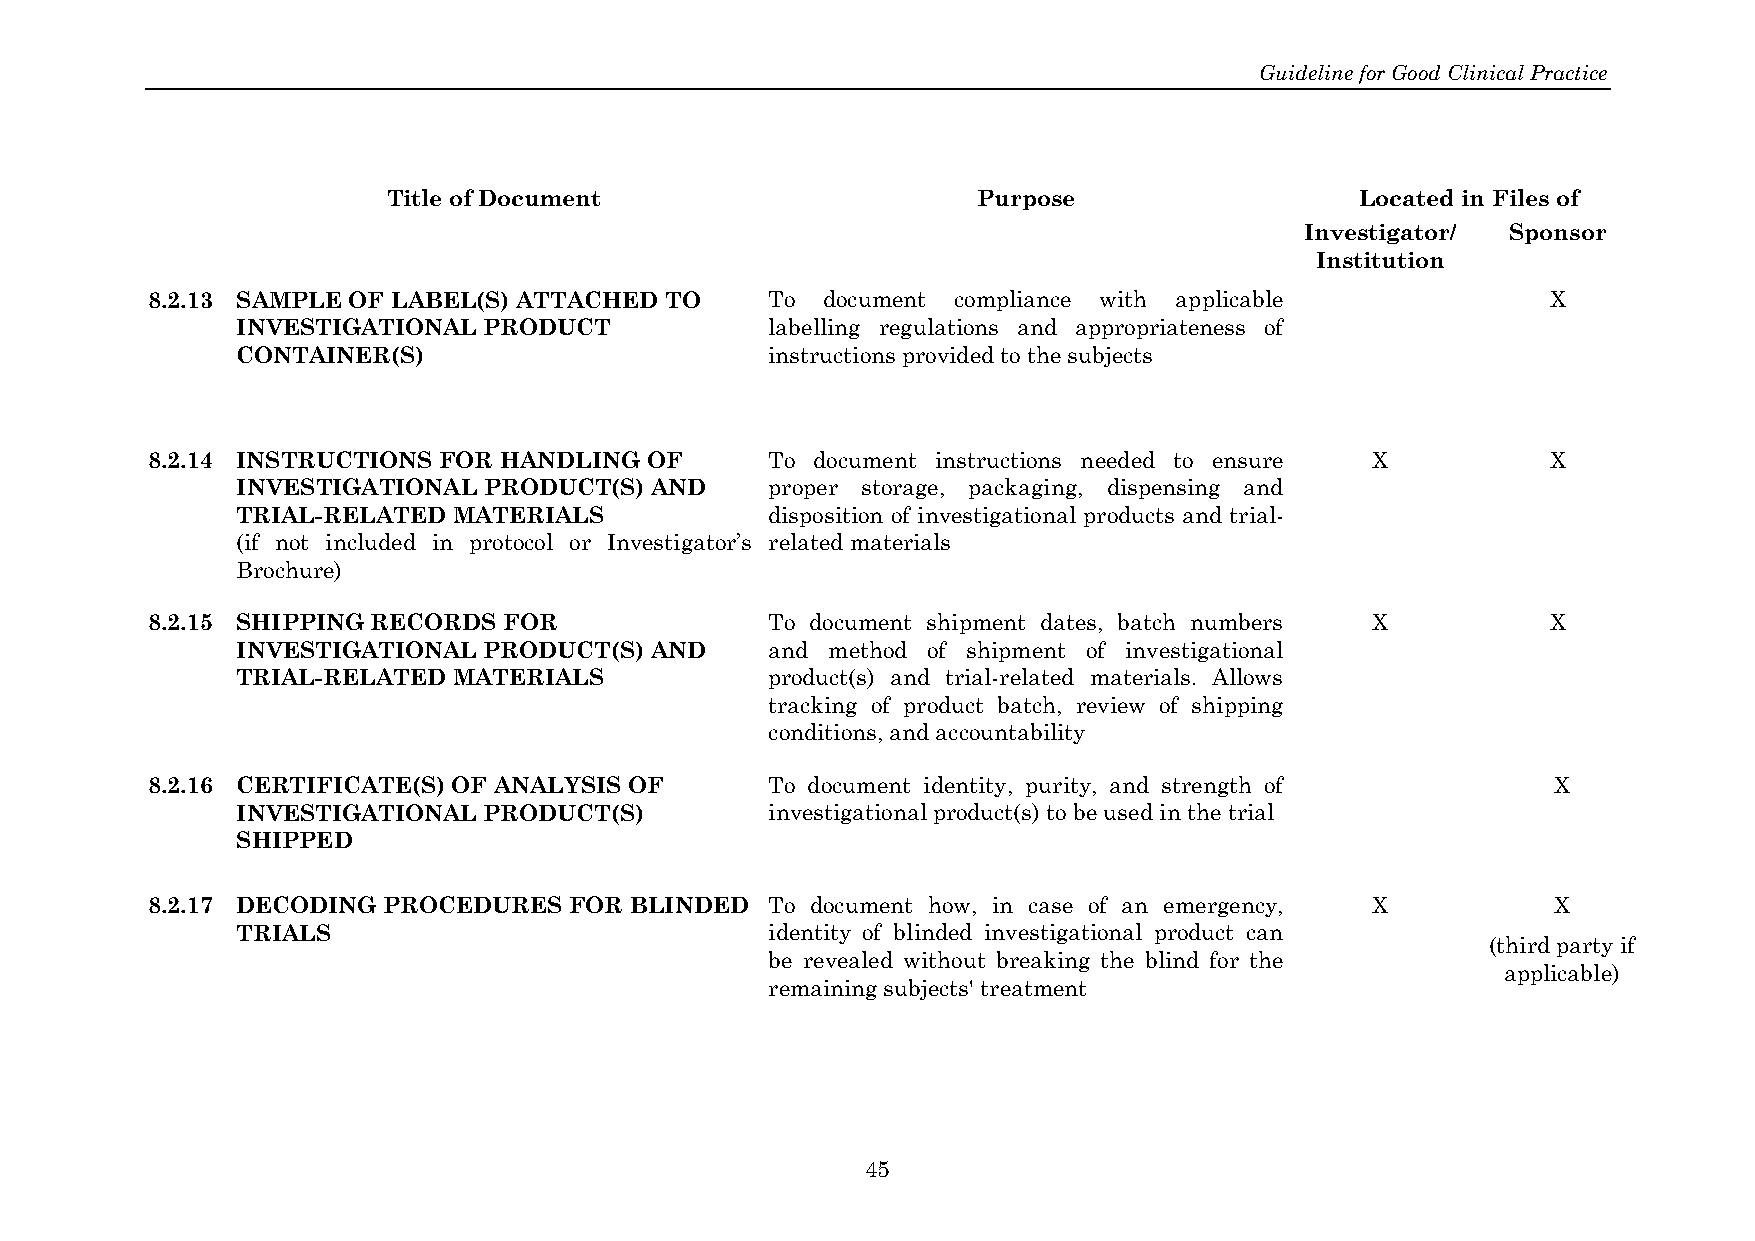
Guideline for Good Clinical Practice
 Title of Document                      Purpose                  Located in Files of
 Investigator/ Sponsor
 Institution
 8.2.13 SAMPLE OF LABEL(S) ATTACHED TO    To document compliance with applicable              X
 INVESTIGATIONAL PRODUCT            labelling regulations and appropriateness of
 CONTAINER(S)                       instructions provided to the subjects
 8.2.14 INSTRUCTIONS FOR HANDLING OF      To document instructions needed to ensure X         X
 INVESTIGATIONAL PRODUCT(S) AND     proper storage, packaging, dispensing and
 TRIAL-RELATED MATERIALS            disposition of investigational products and trial-
 (if not included in protocol or Investigator’s related materials
 Brochure)
 8.2.15 SHIPPING RECORDS FOR              To document shipment dates, batch numbers X         X
 INVESTIGATIONAL PRODUCT(S) AND     and method of shipment of investigational
 TRIAL-RELATED MATERIALS            product(s) and trial-related materials. Allows
 tracking of product batch, review of shipping
 conditions, and accountability
 8.2.16 CERTIFICATE(S) OF ANALYSIS OF     To document identity, purity, and strength of       X
 INVESTIGATIONAL PRODUCT(S)         investigational product(s) to be used in the trial
 SHIPPED
 8.2.17 DECODING PROCEDURES  FOR BLINDED  To document how, in case of an emergency, X         X
 TRIALS                             identity of blinded investigational product can
 (third party if
 be revealed without breaking the blind for the
 applicable)
 remaining subjects' treatment
 45